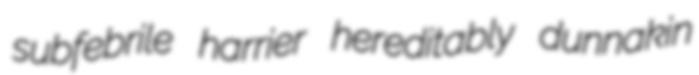
subfebrile harrier hereditably dunnakin